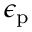
\epsilon _ { \mathrm { p } }